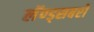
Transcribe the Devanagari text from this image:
लॅण्ड्सबरो